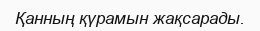
Қанның қүрамын жақсарады.